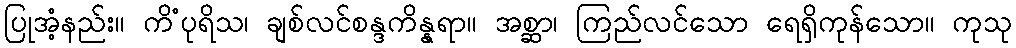
ပြုအံ့နည်း။ ကိံပုရိသ၊ ချစ်လင်စန္ဒကိန္နရာ။ အစ္ဆာ၊ ကြည်လင်သော ရေရှိကုန်သော။ ကုသု